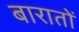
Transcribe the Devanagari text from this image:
बारातों